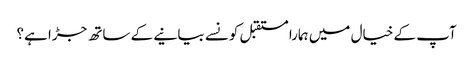
آپ کے خیال میں ہمارا مستقبل کونسے بیانیے کے ساتھ جڑا ہے؟